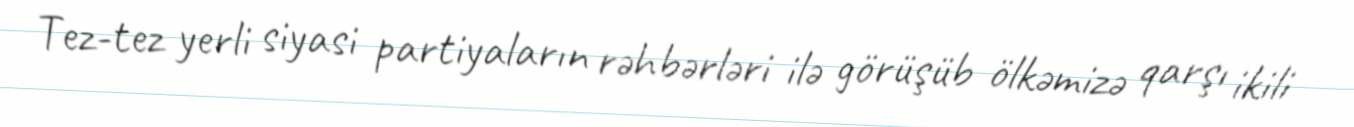
Tez-tez yerli siyasi partiyaların rəhbərləri ilə görüşüb ölkəmizə qarşı ikili